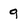
Character: 9